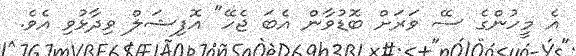
އެ މީހުންގެ ސޭ ވަރަށް ބޮޑުވާން އެބަ ޖެހޭ" އޮފިޝަލް ވިދާޅުވި އެވެ.